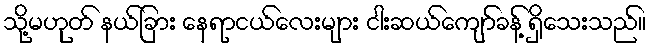
သို့မဟုတ် နယ်ခြား နေရာငယ်လေးများ ငါးဆယ်ကျော်ခန့် ရှိသေးသည်။